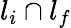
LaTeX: l_{i}\cap l_{f}